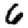
Digit: 6